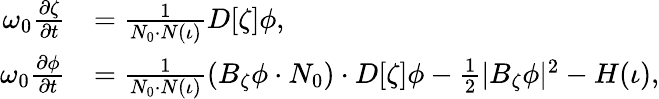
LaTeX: \begin{array}{rl}{\omega_{0}\frac{\partial\zeta}{\partial t}}&{=\frac{1}{N_{0}\cdot N(\iota)}D[\zeta]\phi,}\\ {\omega_{0}\frac{\partial\phi}{\partial t}}&{=\frac{1}{N_{0}\cdot N(\iota)}\left(B_{\zeta}\phi\cdot N_{0}\right)\cdot D[\zeta]\phi-\frac{1}{2}|B_{\zeta}\phi|^{2}-H(\iota),}\end{array}